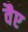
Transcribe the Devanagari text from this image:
वैए